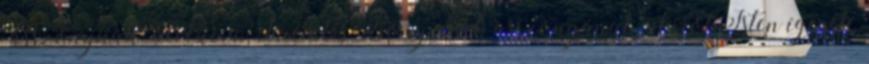
"asszonynak" nevezi, a Teremtés Könyvének asszonyának, akiről Isten ígérete